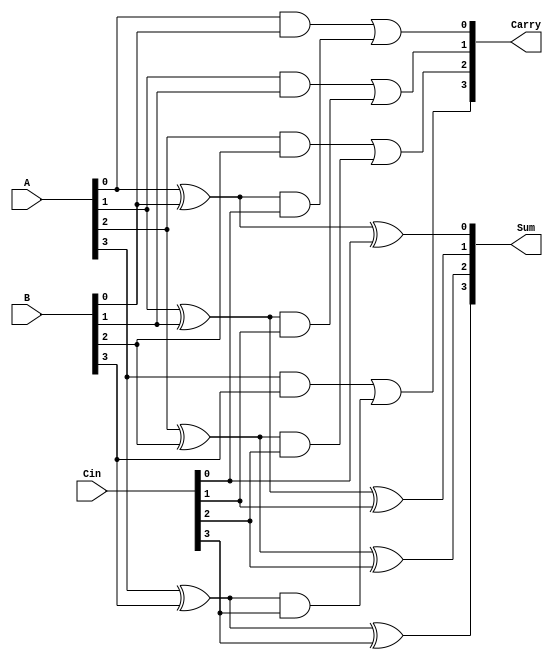
module CarrySaveAdder (
    input wire [3:0] A,       // First operand
    input wire [3:0] B,       // Second operand
    input wire [3:0] Cin,     // Carry input
    output wire [3:0] Sum,    // Partial sum output
    output wire [3:0] Carry    // Carry output
);

// Intermediate wires for partial sums and carries
wire [3:0] partial_sum;
wire [3:0] partial_carry;

// Calculate partial sum and carry for each bit
genvar i;
generate
    for (i = 0; i < 4; i = i + 1) begin : CSA_BITS
        assign partial_sum[i] = A[i] ^ B[i];              // Sum: A XOR B
        assign partial_carry[i] = A[i] & B[i];            // Carry: A AND B
    end
endgenerate

// Final stage to combine the partial_sum and partial_carry with the Cin
wire [3:0] final_sum;
wire [3:0] final_carry;

generate
    for (i = 0; i < 4; i = i + 1) begin : FINAL_STAGE
        assign final_sum[i] = partial_sum[i] ^ Cin[i];      // Final Sum
        assign final_carry[i] = partial_carry[i] | (partial_sum[i] & Cin[i]); // Final Carry
    end
endgenerate

// Output the final sum and carry
assign Sum = final_sum;
assign Carry = final_carry;

endmodule